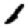
Digit: 1